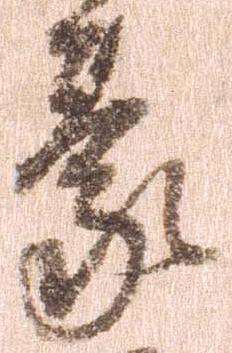
蒙